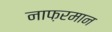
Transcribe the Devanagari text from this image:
नाफ़रमान